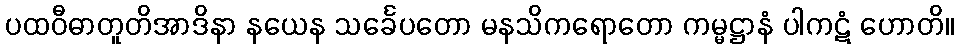
ပထဝီဓာတူတိအာဒိနာ နယေန သင်္ခေပတော မနသိကရောတော ကမ္မဋ္ဌာနံ ပါကဋံ ဟောတိ။